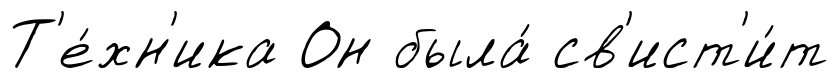
Т'е́хн'ика Он была́ св'ист'и́т